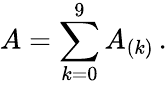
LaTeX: A=\sum_{k=0}^{9}A_{(k)}\, .